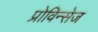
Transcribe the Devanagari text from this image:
प्रोविन्सेज